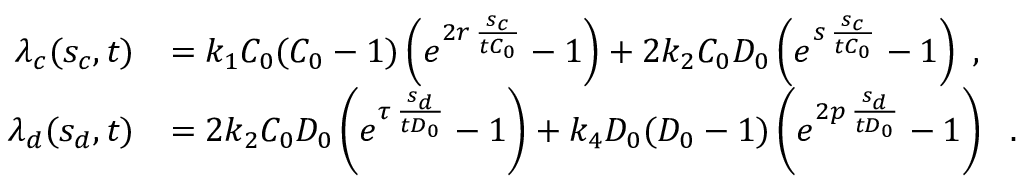
\begin{array} { r l } { \lambda _ { c } ( s _ { c } , t ) } & { = k _ { 1 } C _ { 0 } ( C _ { 0 } - 1 ) \left( e ^ { 2 r \, \frac { s _ { c } } { t C _ { 0 } } } - 1 \right) + 2 k _ { 2 } C _ { 0 } D _ { 0 } \left( e ^ { s \, \frac { s _ { c } } { t C _ { 0 } } } - 1 \right) ~ , } \\ { \lambda _ { d } ( s _ { d } , t ) } & { = 2 k _ { 2 } C _ { 0 } D _ { 0 } \left( e ^ { \tau \, \frac { s _ { d } } { t D _ { 0 } } } - 1 \right) + k _ { 4 } D _ { 0 } ( D _ { 0 } - 1 ) \left( e ^ { 2 p \, \frac { s _ { d } } { t D _ { 0 } } } - 1 \right) ~ ~ . } \end{array}